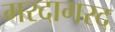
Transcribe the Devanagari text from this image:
गरदागरद